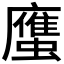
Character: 𲀌